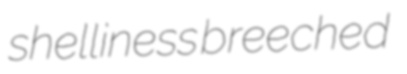
shelliness breeched